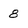
Character: 8